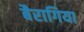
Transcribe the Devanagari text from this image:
बैरागिया